Civil Veterinary Department. Central Provinces & Berar 1925-31 - 1925-1931
Year: 1925
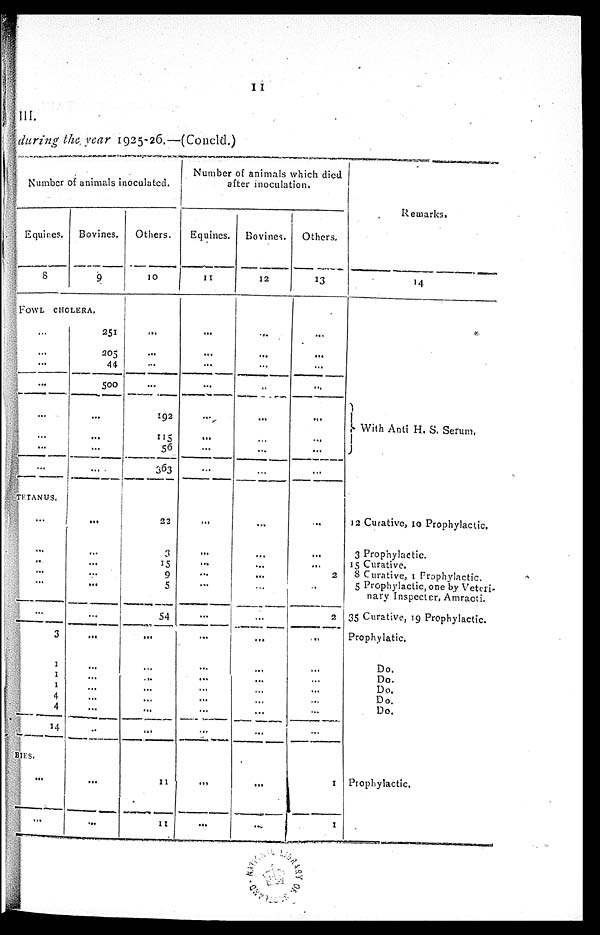
11
III.
during the year 1925-26.—(Concld.)
Number of animals inoculated.
Equines.
8
Bovines.
9
FOWL CHOLERA.
...
...
...
...
...
...
...
...
TETANUS.
...
...
...
...
...
...
3
1
1
1
4
4
14
BIES.
...
...
251
205
44
500
...
...
...
...
...
...
...
...
...
...
...
...
...
...
...
...
...
...
...
Others.
10
...
...
...
...
192
115
56
363
22
3
15
9
5
54
...
...
...
...
...
...
...
11
11
Number of animals which died
after inoculation.
Equines.
11
...
...
...
...
...
...
...
...
...
...
...
...
...
...
...
...
...
...
...
...
...
...
...
Bovines.
12
...
...
...
..
...
...
...
...
...
...
...
...
...
...
...
...
...
...
...
...
...
...
...
Others.
13
...
...
...
...
...
...
...
...
...
...
...
2
...
2
...
...
...
...
...
...
...
1
1
Remarks.
14
With Anti H. S. Serum.
12 Curative, 10 Prophylactic.
3 Prophylactic.
15 Curative.
8 Curative, 1 Prophylactic.
5 Prophylactic, one by Veteri-
nary Inspector, Amraoti.
35 Curative, 19 Prophylactic.
Prophylatic.
Do.
Do.
Do.
Do.
Do.
Prophylactic.